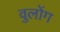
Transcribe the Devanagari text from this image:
वुलोंग